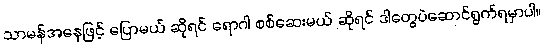
သာမန်အနေဖြင့် ပြောမယ် ဆိုရင် ရောဂါ စစ်ဆေးမယ် ဆိုရင် ဒါတွေပဲဆောင်ရွက်ရမှာပါ။